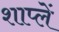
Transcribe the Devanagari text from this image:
शाप्लें